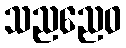
သညညေဝ